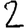
Digit: 2